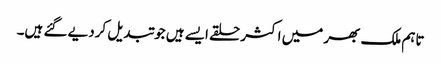
تاہم ملک بھر میں اکثر حلقے ایسے ہیں جو تبدیل کردیے گئے ہیں۔